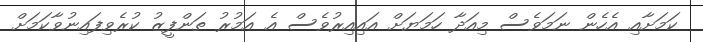
ކަމަށާއި އެހެން ނަމަވެސް މިއަދާ ހަމަޔަށް އައިއިރުވެސް އެ އަމުރު ތަންފީޒު ކުރެވިފައިނުވާކަމަށް